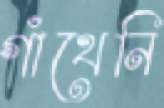
গাঁথেনি